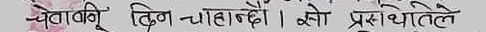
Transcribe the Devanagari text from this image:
चेतावनी किन-चाहन्छौ। को प्रशस्तितिले